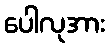
ပေါလုအား